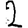
Digit: 2